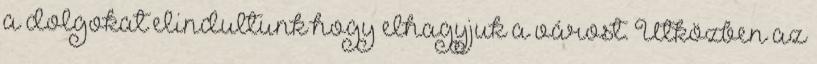
a dolgokat elindultunk hogy elhagyjuk a várost. Útközben az